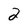
Character: 2